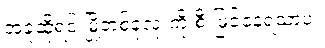
အခုဆိုရင် မြို့တစ်ခုလုံးကို စီးမြင်နေရသာပဲ။